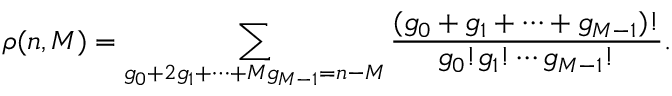
\rho ( n , M ) = \sum _ { g _ { 0 } + 2 g _ { 1 } + \cdots + M g _ { M - 1 } = n - M } \frac { ( g _ { 0 } + g _ { 1 } + \cdots + g _ { M - 1 } ) ! } { g _ { 0 } ! g _ { 1 } ! \cdots g _ { M - 1 } ! } .